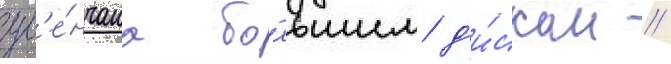
ув'е́нчана бо́льшим д'и́ском //